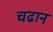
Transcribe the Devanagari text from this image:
चढान